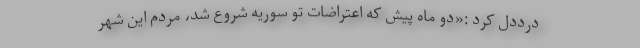
درددل کرد :«دو ماه پیش که اعتراضات تو سوریه شروع شد، مردم این شهر